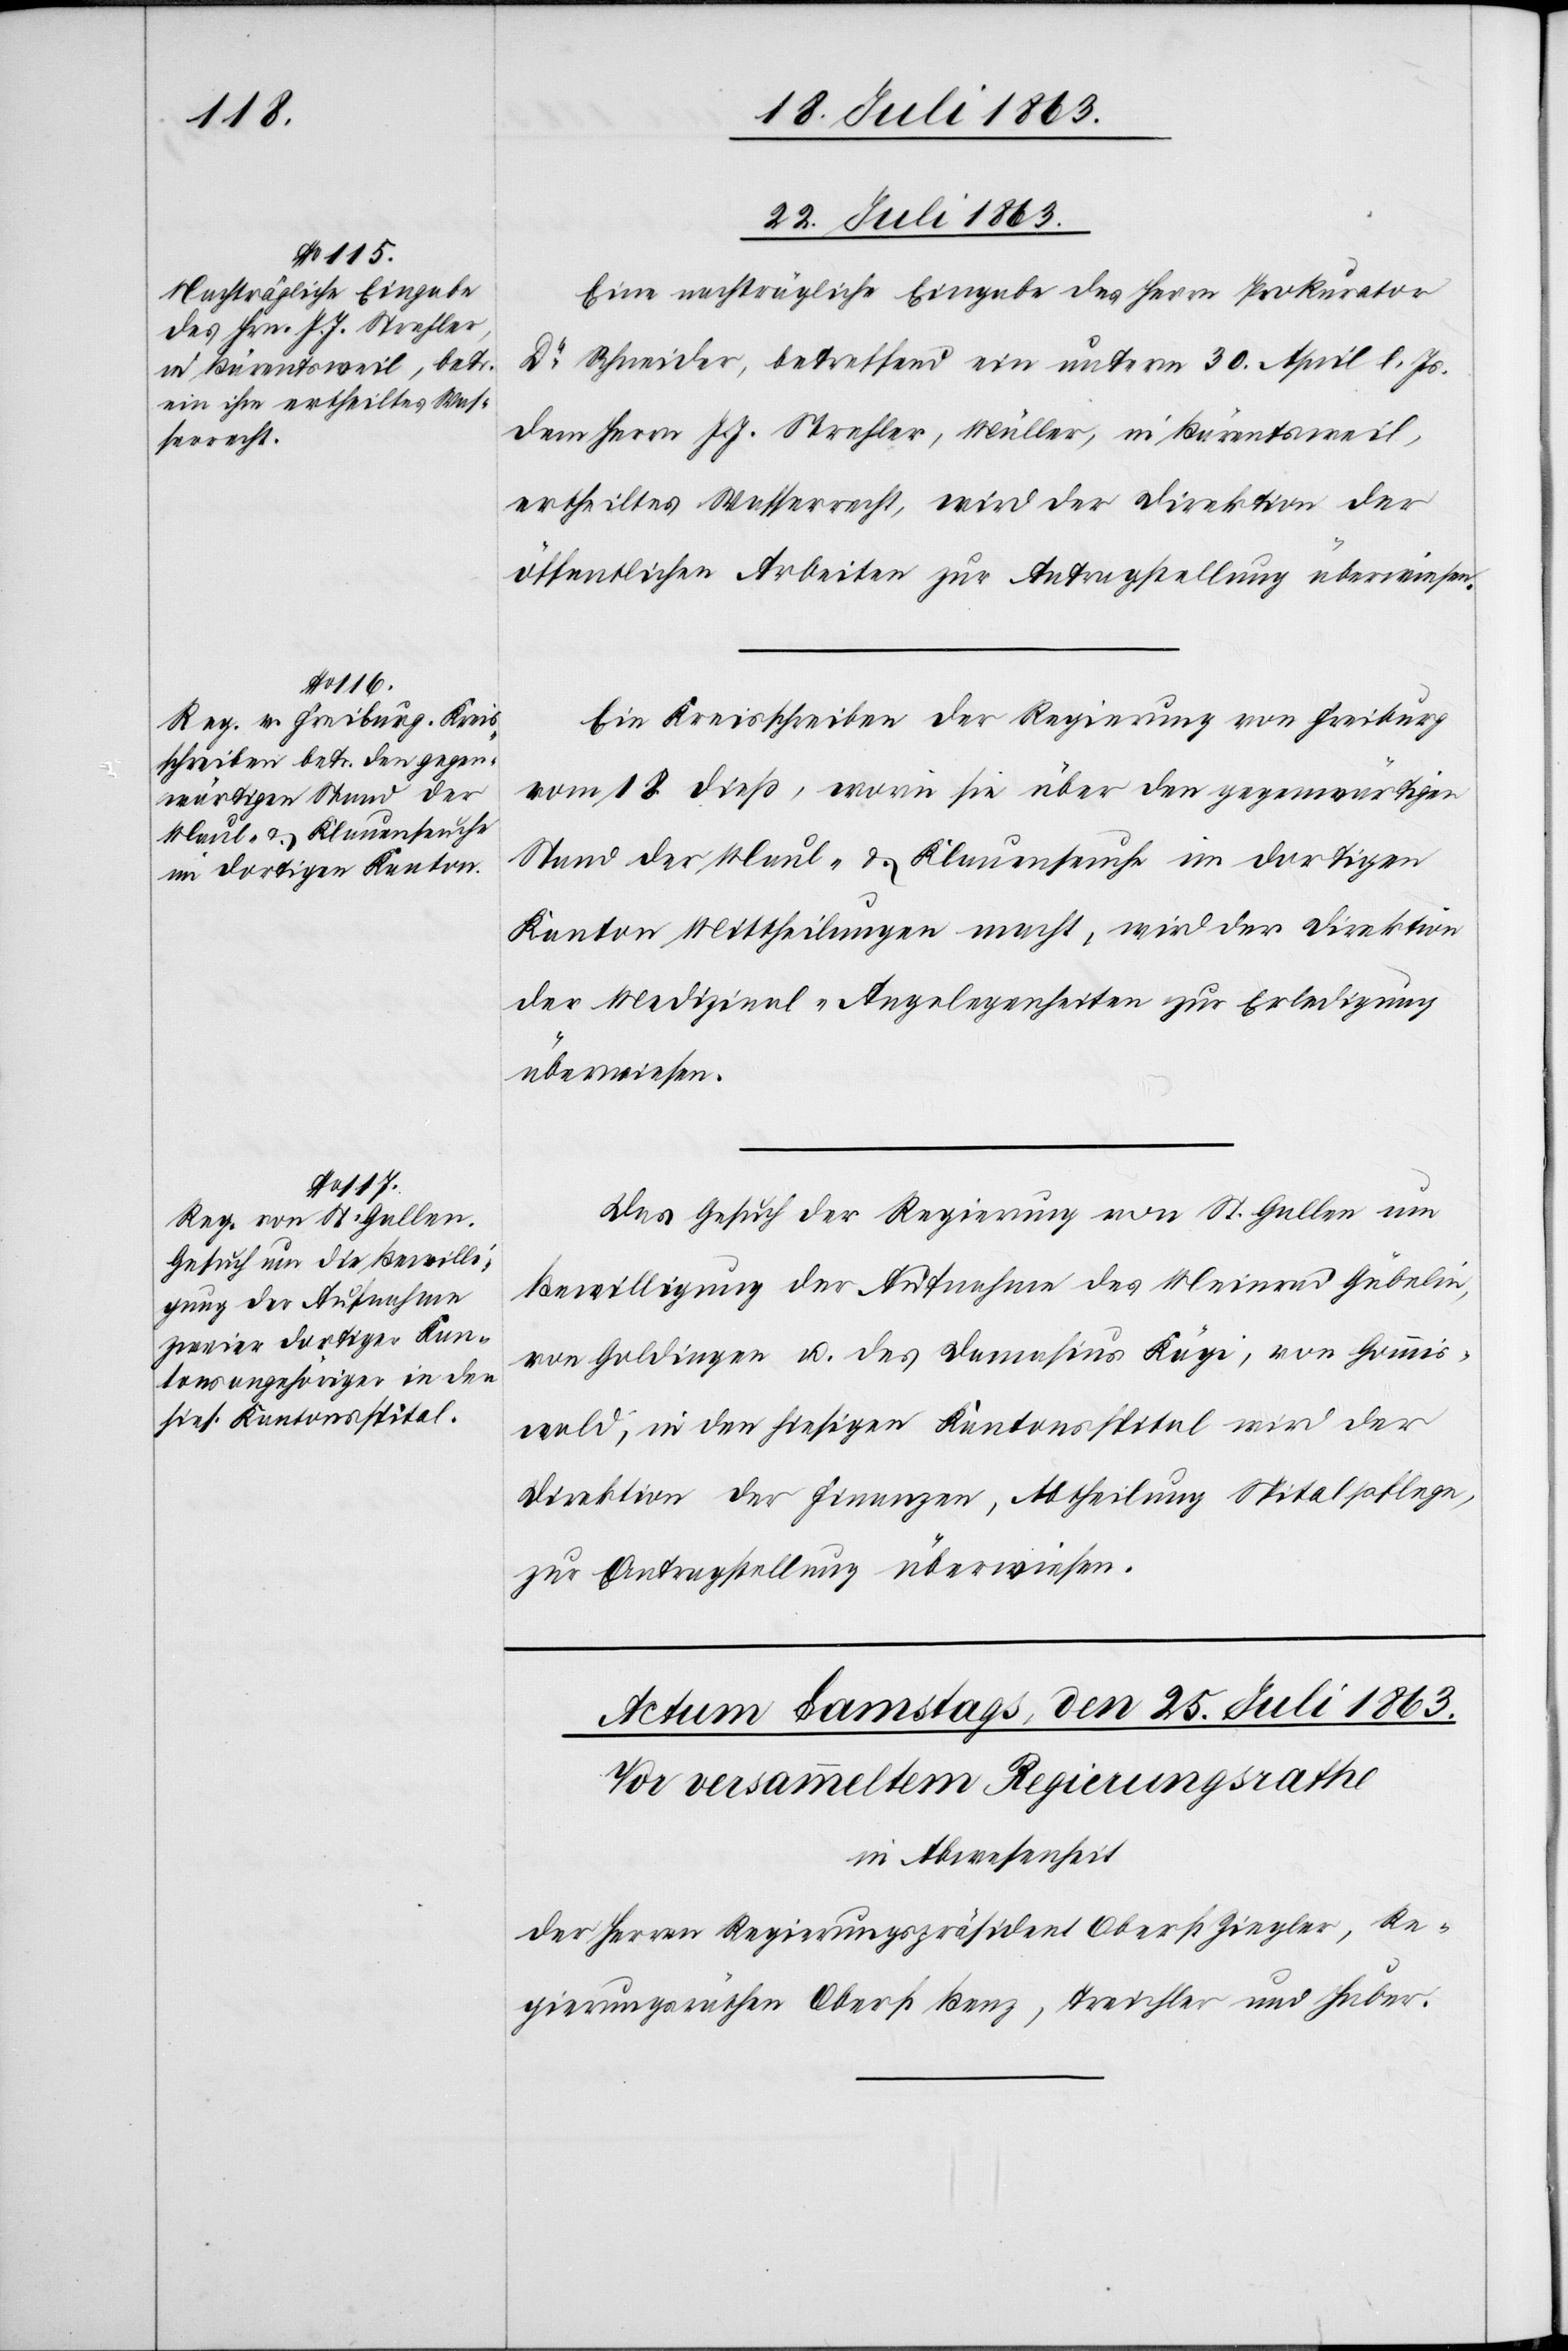
22. Juli 1863.]
Eine nachträgliche Eingabe des Herrn Prokurator
Dr Schneider, betreffend ein unterm 30. April l. Js.
dem Herrn J. J. Strehler, Müller, in Bärentsweil,
ertheiltes Wasserrecht, wird der Direktion der
öffentlichen Arbeiten zur Antragstellung überwiesen.
Ein Kreisschreiben der Regierung von Freiburg
vom 18. dieß, worin sie über den gegenwärtigen
Stand der Maul- & Klauenseuche im dortigen
Kanton Mittheilung macht, wird der Direktion
der Medizinal-Angelegenheiten zur Erledigung
überwiesen.
Das Gesuch der Regierung von St. Gallen um
Bewilligung der Aufnahme des Meinrad Gübelin,
von Goldingen u. des Damasius Kägi, von Gommis¬
wald, in den hiesigen Kantonsspital wird der
Direktion der Finanzen, Abtheilung Spitalpflege,
zur Antragstellung überwiesen.